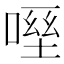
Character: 𠹿